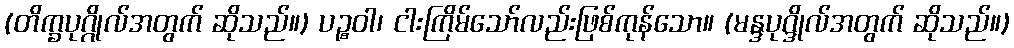
(တိက္ခပုဂ္ဂိုလ်အတွက် ဆိုသည်။) ပဉ္စဝါ၊ ငါးကြိမ်သော်လည်းဖြစ်ကုန်သော။ (မန္ဒပုဂ္ဒိုလ်အတွက် ဆိုသည်။)